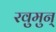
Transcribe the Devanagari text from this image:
रवुुमुन्